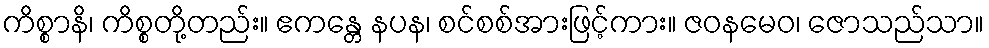
ကိစ္စာနိ၊ ကိစ္စတို့တည်း။ ဧကန္တေ နပန၊ စင်စစ်အားဖြင့်ကား။ ဇဝနမေဝ၊ ဇောသည်သာ။